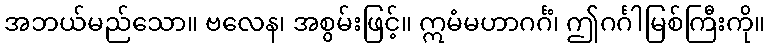
အဘယ်မည်သော။ ဗလေန၊ အစွမ်းဖြင့်။ ဣမံမဟာဂင်္ဂံ၊ ဤဂင်္ဂါမြစ်ကြီးကို။